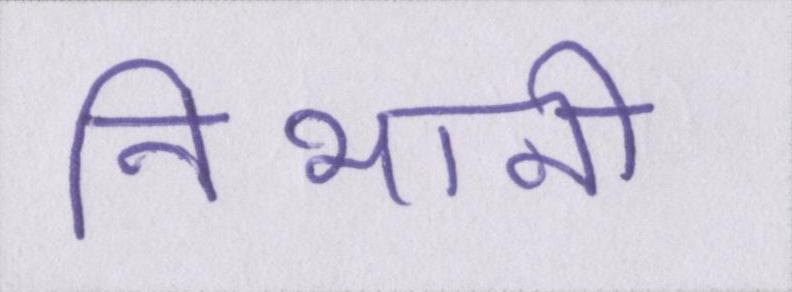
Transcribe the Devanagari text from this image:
निभानी